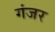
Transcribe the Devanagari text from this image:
गंजर